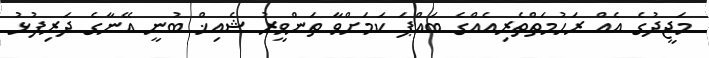
މަޖީދުގެ އެއް ރަހުމަތްތެރިއެއްގެ ބައްޕަ ކަމަށްވާ ތަންވީރު ޝެއިޚް ބުނީ އޭނާގެ ދަރިފުޅު